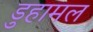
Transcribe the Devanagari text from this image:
डुहामल